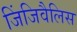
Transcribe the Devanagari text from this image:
जिंजिवैलिस